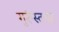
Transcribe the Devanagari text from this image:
गुरूंस्तथा।